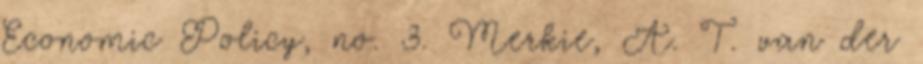
Economic Policy, no. 3. Merkie, A. T. van der